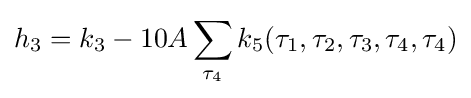
h_{3}=k_{3}-10A\sum _{\tau _{4}}k_{5}(\tau _{1},\tau _{2},\tau _{3},\tau _{4},\tau _{4})